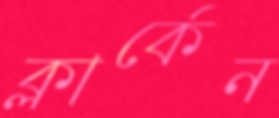
ক্লার্কেন